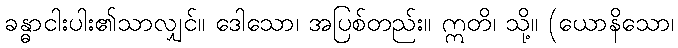
ခန္ဓာငါးပါး၏သာလျှင်။ ဒေါသော၊ အပြစ်တည်း။ ဣတိ၊ သို့။ (ယောနိသော၊